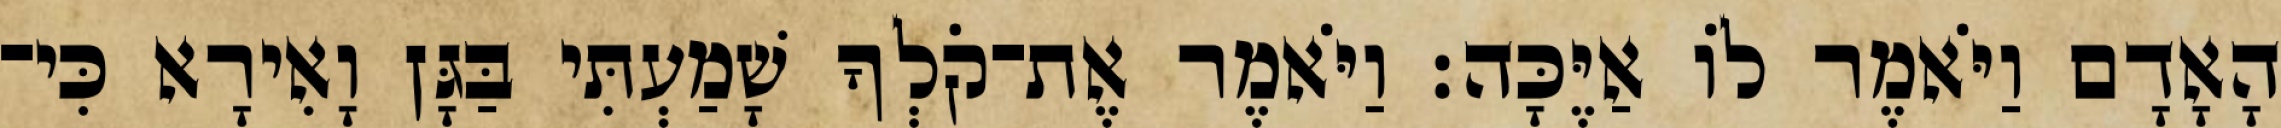
הָאָדָם וַיֹּאמֶר לֹו אַיֶּכָּה׃ וַיֹּאמֶר אֶת־קֹלְךָ שָׁמַעְתִּי בַּגָּן וָאִירָא כִּי־